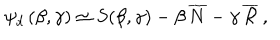
\psi _ { d } \, ( \beta , \gamma ) \simeq S ( \beta , \gamma ) - \beta \, \overline { { N } } - \gamma \, \overline { { { \cal R } } } \, ,